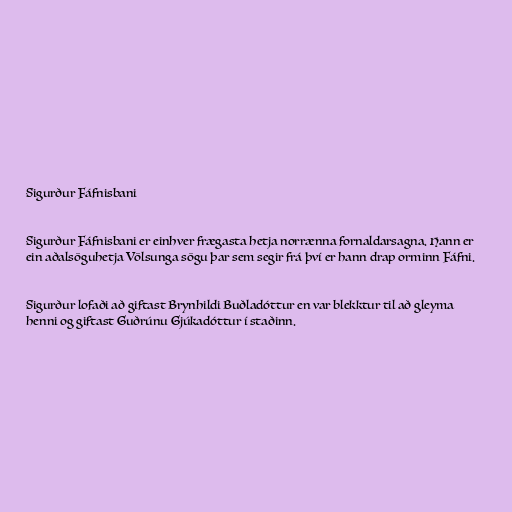
Sigurður Fáfnisbani

Sigurður Fáfnisbani er einhver frægasta hetja norrænna fornaldarsagna. Hann er
ein aðalsöguhetja Völsunga sögu þar sem segir frá því er hann drap orminn Fáfni.

Sigurður lofaði að giftast Brynhildi Buðladóttur en var blekktur til að gleyma
henni og giftast Guðrúnu Gjúkadóttur í staðinn.